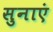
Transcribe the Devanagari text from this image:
सुनाएं